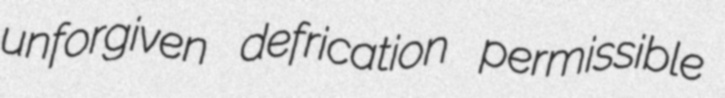
unforgiven defrication permissible